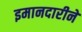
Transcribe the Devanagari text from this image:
इमानदारीने